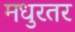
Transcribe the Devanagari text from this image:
मधुरतर